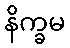
နိက္ခမ